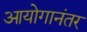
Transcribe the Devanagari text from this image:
आयोगानंतर